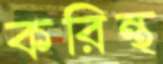
করিন্থ